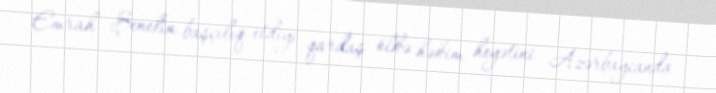
Emrah Şenelin başçılıq etdiyi qardaş ölkə həkim heyətini Azərbaycanda